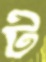
ট